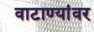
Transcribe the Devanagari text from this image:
वाटाण्यांवर